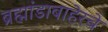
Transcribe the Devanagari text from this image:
ब्रह्मांडाबाहेरचे